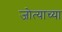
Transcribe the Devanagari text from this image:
जोत्याच्या